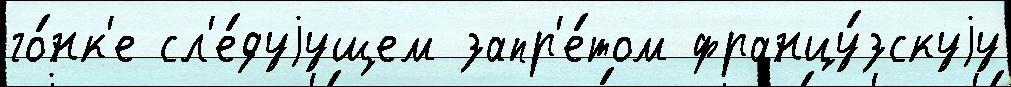
го́нк'е сл'е́дуjущем запр'е́том францу́зскуjу